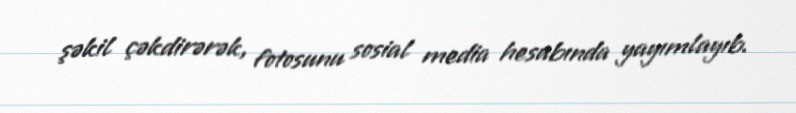
şəkil çəkdirərək, fotosunu sosial media hesabında yayımlayıb.